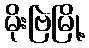
မိုးဗြဲမြို့